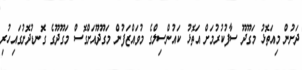
ދަށުން މިއަތޮޅު މަގޫދޫ ސާފުކުރުމަށް އަތޮޅު ކައުންސިލްގެ މުވައްޒަފުން މަގޫދޫއަށްގޮސް މަގޫދޫގެ ގޮނޑުދޮށުގައިހުރި